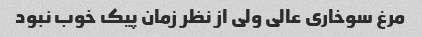
مرغ سوخاری عالی ولی از نظر زمان پیک خوب نبود